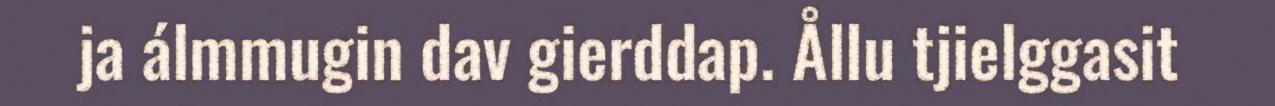
ja álmmugin dav gierddap. Ållu tjielggasit